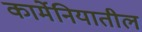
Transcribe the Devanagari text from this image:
कार्मेनियातील